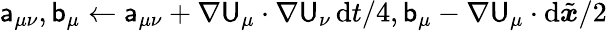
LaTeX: \mathsf{a}_{\mu\nu},\mathsf{b}_{\mu}\gets\mathsf{a}_{\mu\nu}+\nabla\mathsf{U}_{\mu}\cdot\nabla\mathsf{U}_{\nu}\, \mathrm{d}t/4,\mathsf{b}_{\mu}-\nabla\mathsf{U}_{\mu}\cdot\mathrm{d}\tilde{{\boldsymbol{x}}}/2